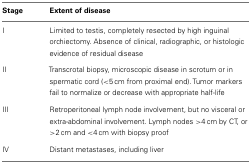
| Stage | Extent of disease |
 | --- | --- |
 | I | Limited to testis, completely resected by high inguinal orchiectomy. Absence of clinical, radiographic, or histologic evidence of residual disease |
 | II | Transcrotal biopsy, microscopic disease in scrotum or in spermatic cord (<5 cm from proximal end). Tumor markers fail to normalize or decrease with appropriate half-life |
 | III | Retroperitoneal lymph node involvement, but no visceral or extra-abdominal involvement. Lymph nodes >4 cm by CT, or >2 cm and <4 cm with biopsy proof |
 | IV | Distant metastases, including liver |